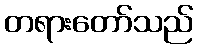
တရားတော်သည်